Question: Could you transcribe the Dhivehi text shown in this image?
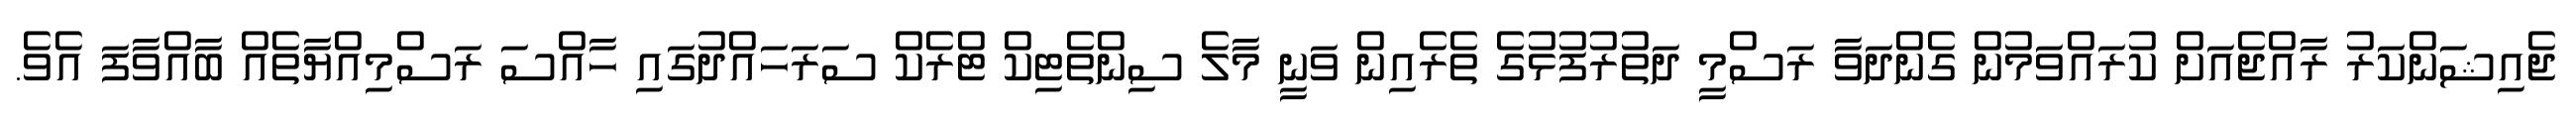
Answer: ޖެއިޝަންކަރު ރާއްޖެއަށް ކުރައްވަމުން ގެންދަވާ ރަސްމީ ދަތުރުފުޅުގެ ތެރެއިން ވަނީ މާލެ ސިންތެޓިކް ޓްރެކް ސަރަހައްދުގައި ހާއްސަ ރަސްމިއްޔާތެއް ބާއްވާފަ އެވެ.